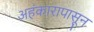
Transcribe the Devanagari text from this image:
अहंकारापासून